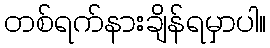
တစ်ရက်နားချိန်ရမှာပါ။